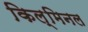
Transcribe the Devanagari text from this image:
किल्मिनल